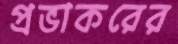
প্রভাকরের